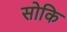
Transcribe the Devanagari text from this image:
सोकि